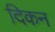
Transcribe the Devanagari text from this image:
दिकन